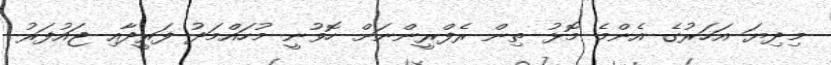
މިދިޔަ އަހަރުގެ އެންމެ މޮޅު ތިން ރެފްރީންނަށް ހޮވުނީ މުހައްމަދު ފަރީދާއި ޖައުފަރު